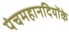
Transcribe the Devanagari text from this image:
पंचमहानदियोंके